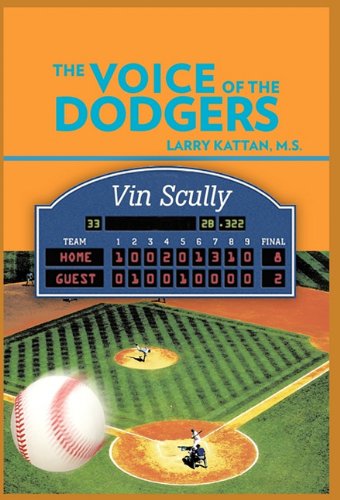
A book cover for THE VOICE OF THE DODGERS; LARRY KATTAN M.S.; Teen & Young Adult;